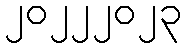
၂၀၂၂၂၀၂၃